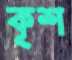
কৃশ